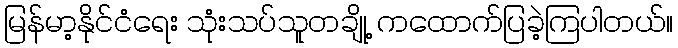
မြန်မာ့နိုင်ငံရေး သုံးသပ်သူတချို့ ကထောက်ပြခဲ့ကြပါတယ်။